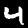
Label: 4